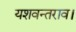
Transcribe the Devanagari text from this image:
यशवन्तराव।